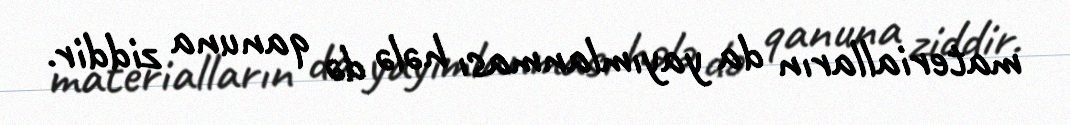
materialların da yayımlanması hələ də qanuna ziddir.